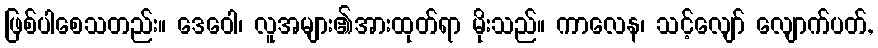
ဖြစ်ပါစေသတည်း။ ဒေဝေါ၊ လူအများ၏အားထုတ်ရာ မိုးသည်။ ကာလေန၊ သင့်လျော် လျောက်ပတ်,